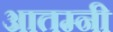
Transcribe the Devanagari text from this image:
आतम्नी